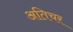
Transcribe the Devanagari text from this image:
अतिचर